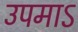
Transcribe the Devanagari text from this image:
उपमाऽ